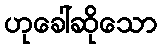
ဟုခေါ်ဆိုသော